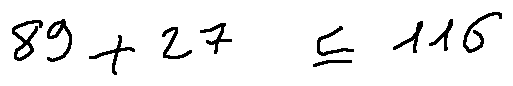
8 9 + 2 7 \leq 1 1 6